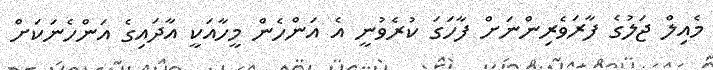
މެއިލް ޖަލުގެ ފާރަވެރިންނަށް ފާހަގަ ކުރެވުނީ އެ އަންހެން މީހާއަކީ އާދައިގެ އަންހެނަކަށް